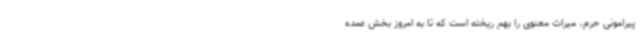
پیرامونی حرم، میراث معنوی را بهم ریخته است که تا به امروز بخش عمده